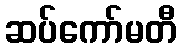
ဆပ်ကော်မတီ